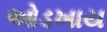
ઓડખાય